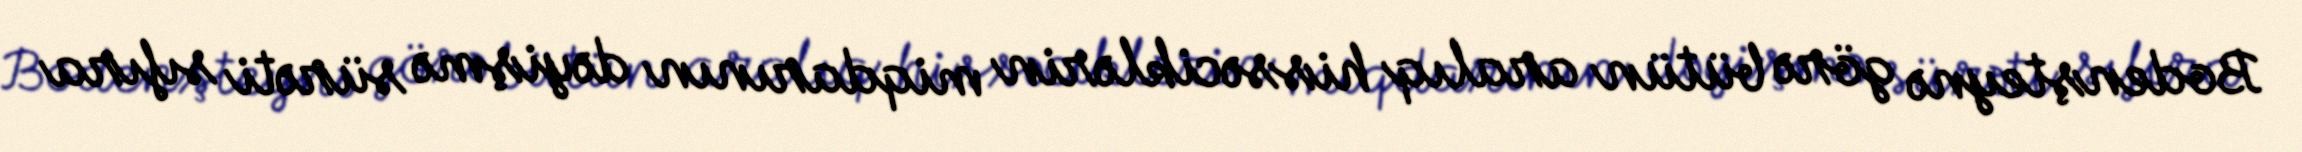
Bodenşteynə görə bütün aralıq hissəciklərin miqdarının dəyişmə sürəti sıfıra